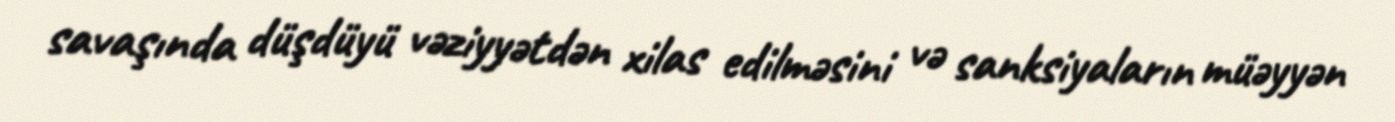
savaşında düşdüyü vəziyyətdən xilas edilməsini və sanksiyaların müəyyən